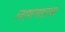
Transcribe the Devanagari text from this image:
लागणाऱया